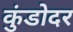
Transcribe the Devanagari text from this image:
कुंडोदर